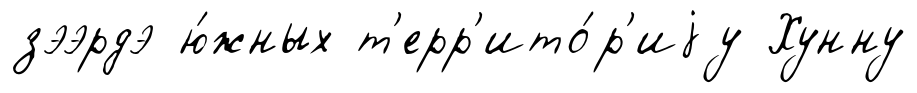
зээрдэ ю́жных т'ерр'ито́р'иjу Хунну